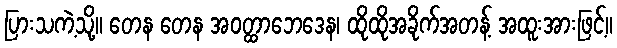
ပြားသကဲ့သို့။ တေန တေန အဝတ္ထာဘေဒေန၊ ထိုထိုအခိုက်အတန့် အထူးအားဖြင့်။